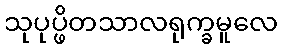
သုပုပ္ဖိတသာလရုက္ခမူလေ